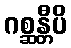
ဂစ္ဆန္တီပိ